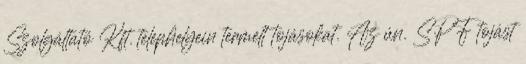
Szolgáltató Kft. telephelyein termelt tojásokat. Az ún. SPF tojást